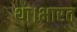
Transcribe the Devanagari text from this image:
था।भारत